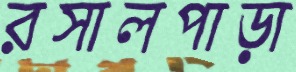
রসালপাড়া